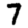
Digit: 7